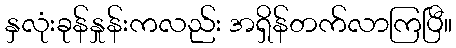
နှလုံးခုန်နှုန်းကလည်း အရှိန်တက်လာကြပြီ။